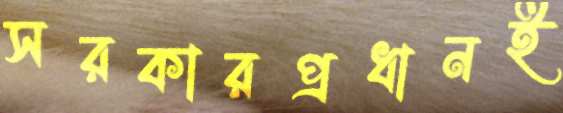
সরকারপ্রধানই